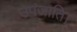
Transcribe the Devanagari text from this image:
उपजाति।